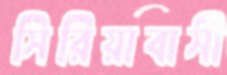
সিরিয়াবাসী